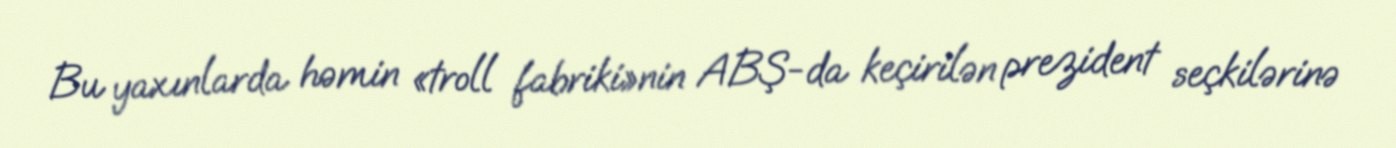
Bu yaxınlarda həmin «troll fabriki»nin ABŞ-da keçirilən prezident seçkilərinə